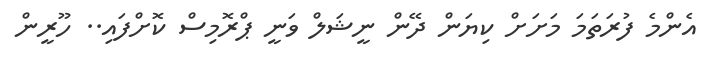
އެންމެ ފުރަތަމަ މަށަށް ކިޔަން ދޭން ނީޝަލް ވަނީ ޕްރޮމިސް ކޮށްފައި.. ހޫރީން